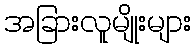
အခြားလူမျိုးများ